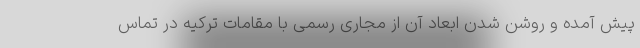
پیش آمده و روشن شدن ابعاد آن از مجاری رسمی با مقامات ترکیه در تماس